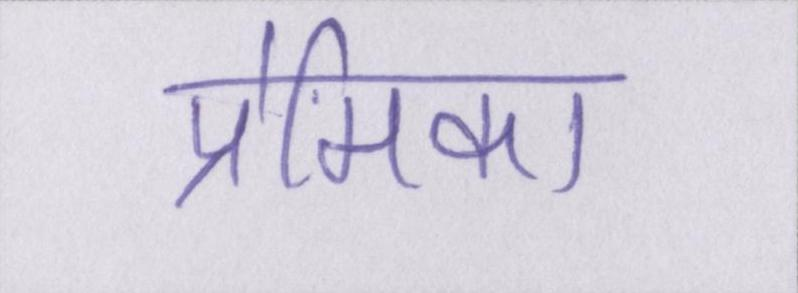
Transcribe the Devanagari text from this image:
प्रेमिका